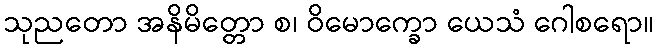
သုညတော အနိမိတ္တော စ၊ ဝိမောက္ခော ယေသံ ဂေါစရော။